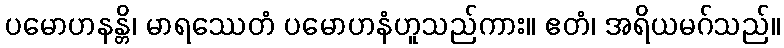
ပမောဟနန္တိ၊ မာရဿေတံ ပမောဟနံဟူသည်ကား။ ဧတံ၊ အရိယမဂ်သည်။